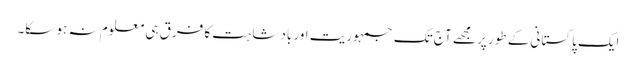
ایک پاکستانی کے طور پر مجھے آج تک جمہوریت اور بادشاہت کا فرق ہی معلوم نہ ہو سکا۔